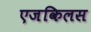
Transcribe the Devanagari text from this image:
एजकिलस